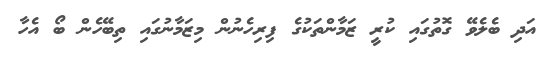
އަދި ބެލެވޭ ގޮތުގައި ކުރީ ޒަމާންތަކުގެ ފިރިހެނުން މިޒަމާނުގައި ތިބޭހެން ބޯ އެހާ